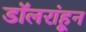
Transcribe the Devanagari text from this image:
डॉलरांहून